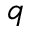
q